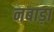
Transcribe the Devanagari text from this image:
नबाड़ा